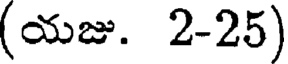
(యజు. 2-25)